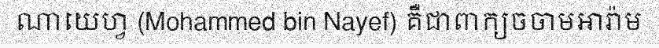
ណាយេហ្វ (Mohammed bin Nayef) គឺជាពាក្យចចាមអារ៉ាម